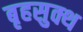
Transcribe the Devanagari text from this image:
बृहसुक्थ